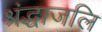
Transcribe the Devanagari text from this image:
श्रंद्धाजलि